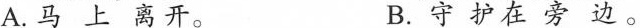
A.马上离开。 B.守护在旁边。